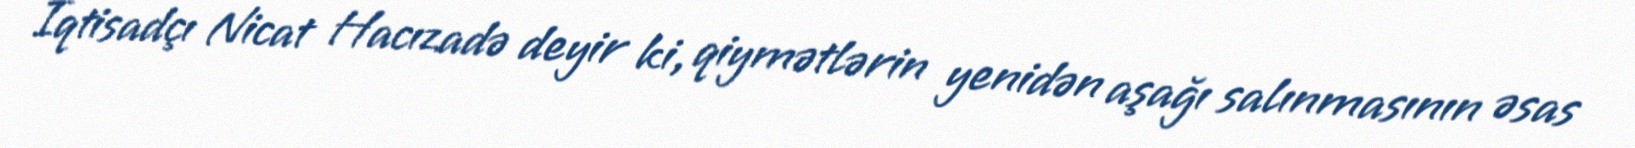
İqtisadçı Nicat Hacızadə deyir ki, qiymətlərin yenidən aşağı salınmasının əsas